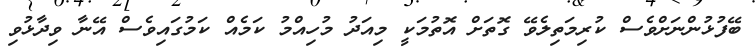
ބޭފުޅުންނަށްވެސް ކުރިމަތިލެވޭ ގޮތަށް އޮތުމަކީ މިއަދު މުހިއްމު ކަމެއް ކަމުގައިވެސް އޭނާ ވިދާޅުވި